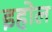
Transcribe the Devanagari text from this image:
इहोल